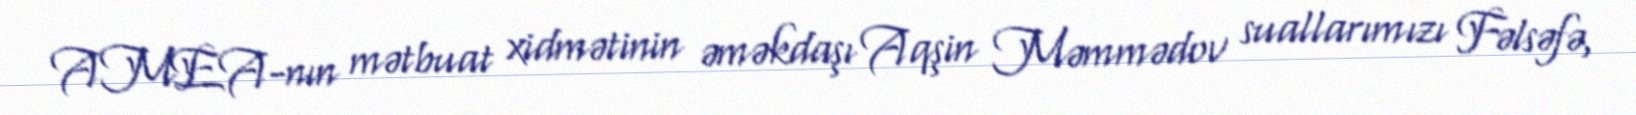
AMEA-nın mətbuat xidmətinin əməkdaşı Aqşin Məmmədov suallarımızı Fəlsəfə,